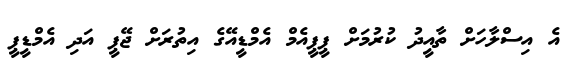
އެ އިސްލާހަށް ތާއީދު ކުރުމަށް ޕީޕީއެމް އެމްޑީއޭގެ އިތުރަށް ޖޭޕީ އަދި އެމްޑީޕީ